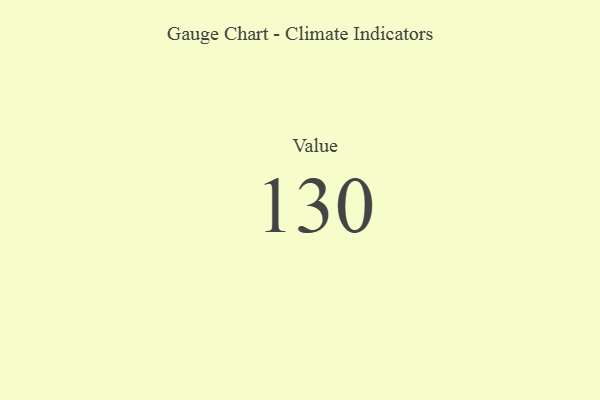
{"axis": {"x": "Metric", "y": "Value"}, "legend": [""], "data": [{"x": "Value", "y": 130, "type": ""}]}